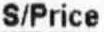
S/PRICE